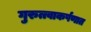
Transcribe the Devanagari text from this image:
गुरुत्त्वाकर्षणात